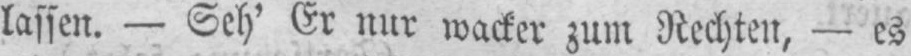
lassen. - Seh’ Er nur wacker zum Rechten, - es